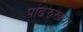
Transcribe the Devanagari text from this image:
पांढरुखया